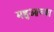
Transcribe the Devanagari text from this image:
महुआच्या